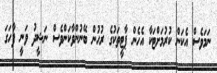
ނަމަވެސް އެކަން ކުރުމަށްޓަކާ އެހެން ޕާޓީތަކުގެ ރުހުން ބޭނުންވާކަންވެސް ނަޝީދު ވަނީ ފާހަގަ